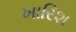
ખારિશ